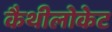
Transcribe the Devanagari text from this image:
कैथीलोकेट